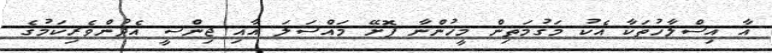
އާ އިސްލާހުތަކާ އެކު މަގުމަތިން މީހުންނާ ފޮށޭ މައްސަލަ އާއި ޖިންސީ އެދުންވެރިކަމުގެ